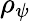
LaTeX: \rho_{\psi}